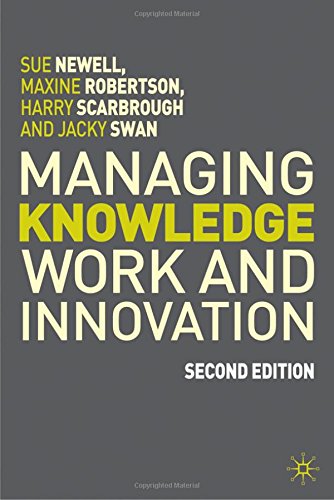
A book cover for Managing Knowledge Work and Innovation, 2nd Edition; Sue Newell; Business & Money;